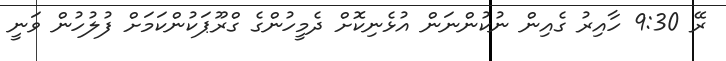
ރޭ 9:30 ހާއިރު ގެއިން ނުކުންނަން އުޅެނިކޮށް ދެމީހުންގެ ގްރޫޕަކުންކަމަށް ފުލުހުން ވަނީ